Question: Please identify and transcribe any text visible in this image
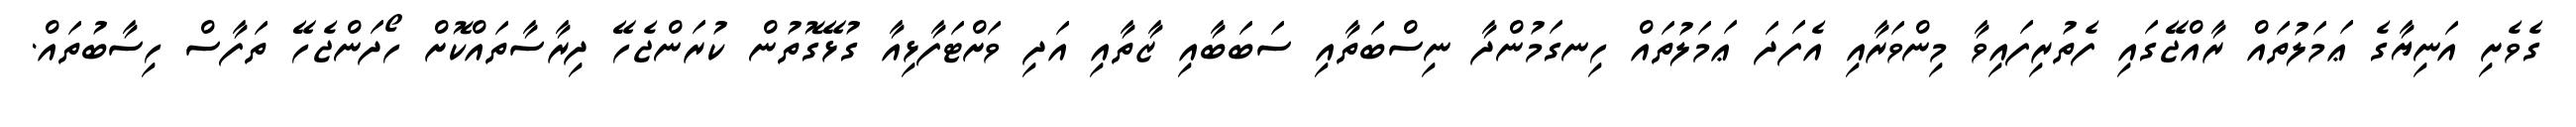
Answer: ގެވެށި އަނިޔާގެ ޢަމަލުތައް ރާއްޖޭގައި ފެތުރިފައިވާ މިންވަރާއި އެފަދަ ޢަމަލުތައް ހިނގަމުންދާ ނިސްބަތާއި ސަބަބާއި ޒާތާއި އަދި ވަށްޓަފާޅިއާ ގުޅޭގޮތުން ކުރަންޖެހޭ ދިރާސާތައްކޮށް ހޯދަންޖެހޭ ތަފާސް ހިސާބުތައް.